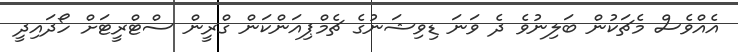
އެއްވެސް މެޗަކުން ބަލިނުވެ ދެ ވަނަ ޑިވިޝަނުގެ ޗެމްޕިއަންކަން ގްރީން ސްޓްރީޓަށް ހޯދައިދީ